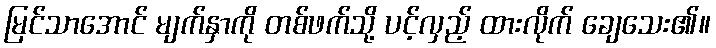
မြင်သာအောင် မျက်နှာကို တစ်ဖက်သို့ ပင့်လှည့် ထားလိုက် ချေသေး၏။